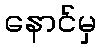
နောင်မှ